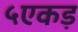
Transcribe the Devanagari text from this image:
५एकड़